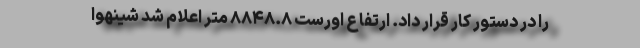
را در دستور کار قرار داد. ارتفاع اورست ۸۸۴۸.۸ متر اعلام شد شینهوا